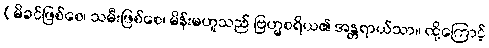
(မိခင်ဖြစ်စေ၊ သမီးဖြစ်စေ၊ မိန်းမဟူသည် ဗြဟ္မစရိယ၏ အန္တရာယ်သာ။ ထို့ကြောင့်